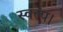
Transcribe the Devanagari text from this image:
स्वल्प।